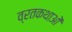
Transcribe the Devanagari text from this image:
व्रतकथाओं